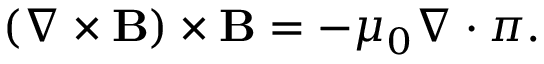
\begin{array} { r } { \left( \nabla \times { \mathbf B } \right) \times { \mathbf B } = - \mu _ { 0 } \nabla \cdot \boldsymbol { \pi } . } \end{array}